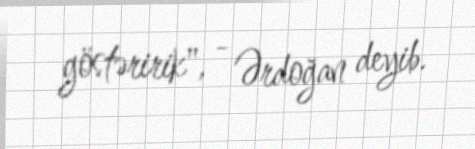
göstəririk", - Ərdoğan deyib.